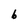
Character: b